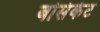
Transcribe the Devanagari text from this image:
बोसंकेट